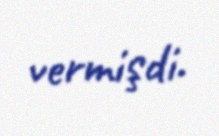
vermişdi.